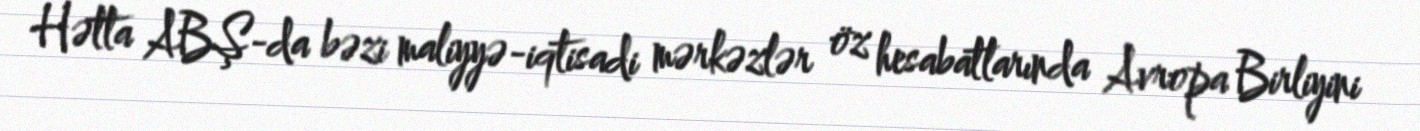
Hətta ABŞ-da bəzi maliyyə-iqtisadi mərkəzlər öz hesabatlarında Avropa Birliyini